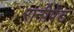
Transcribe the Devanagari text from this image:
रानीपेट